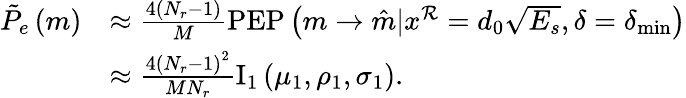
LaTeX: \begin{array}{rl}{\tilde{P}_{e}\left(m\right)}&{\approx\frac{4\left(N_{r}-1\right)}{M}\mathrm{PEP}\left(m\rightarrow\hat{m}|x^{\mathcal{R}}=d_{0}\sqrt{E_{s}},\delta=\delta_{\operatorname*{min}}\right)}\\ &{\approx\frac{4\left(N_{r}-1\right)^{2}}{MN_{r}}\mathrm{I}_{1}\left(\mu_{1},\rho_{1},\sigma_{1}\right).}\end{array}